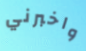
واخبرني